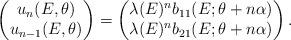
LaTeX: \begin{align*} \left(\begin{matrix} u_{n}(E,\theta)\\ u_{n-1}(E,\theta) \end{matrix}\right)=\begin{pmatrix} \lambda(E)^n b_{11}(E;\theta+n\alpha)\\\lambda(E)^n b_{21}(E;\theta+n\alpha) \end{pmatrix}.\end{align*}